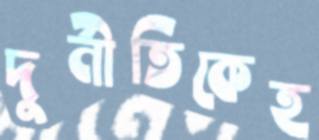
দুর্নীতিকেহ